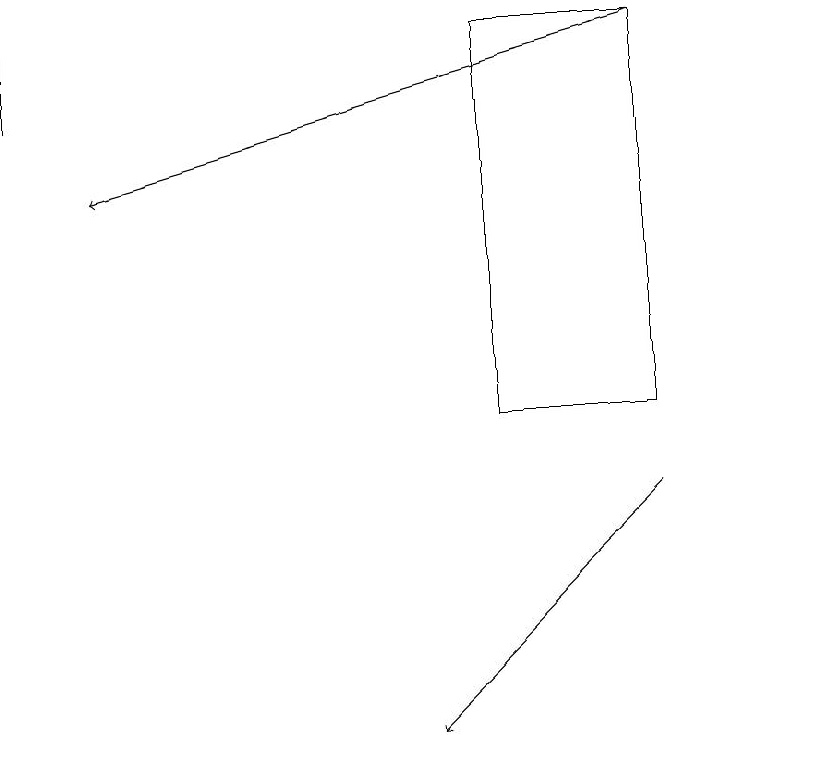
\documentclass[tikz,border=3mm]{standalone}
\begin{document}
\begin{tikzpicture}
\draw (0,19) rectangle (0,18);
\draw[->] (8,13) -- (5,10);
\draw (8,14) rectangle (6,19);
\draw[->] (8,19) -- (1,17);
\draw (10,12) circle (0);
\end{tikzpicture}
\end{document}